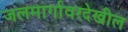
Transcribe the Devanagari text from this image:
जलमार्गावरदेखील